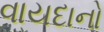
વાયદાનો